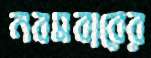
নবমবারের